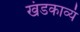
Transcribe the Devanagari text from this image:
खंडकाव्यं